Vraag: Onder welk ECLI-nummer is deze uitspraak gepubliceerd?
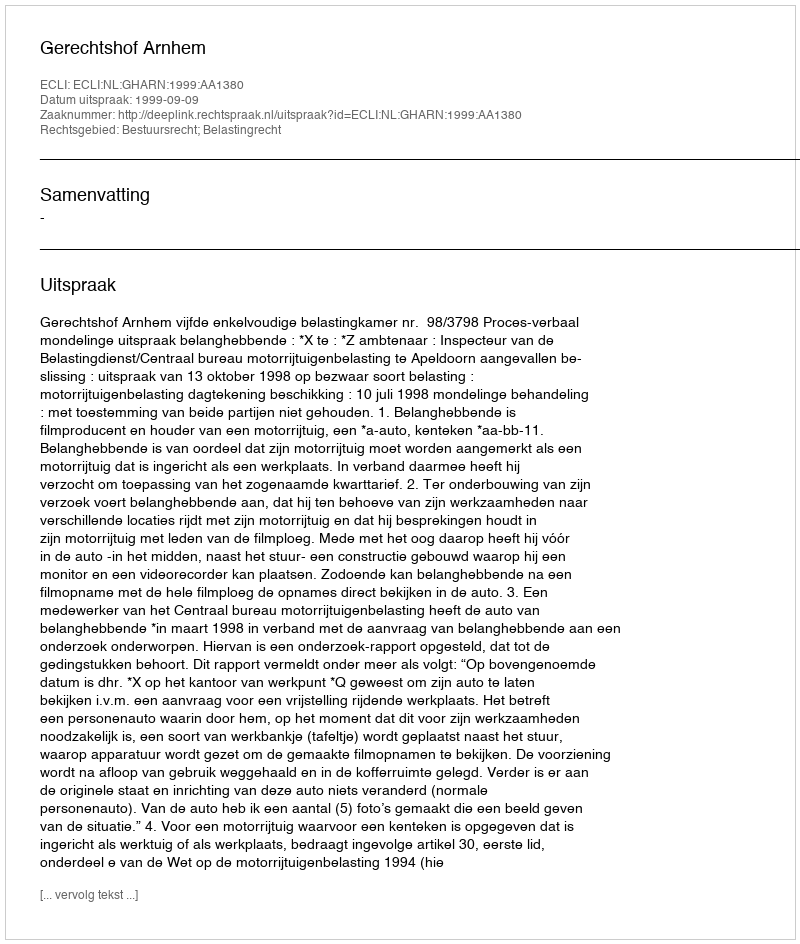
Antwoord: ECLI:NL:GHARN:1999:AA1380